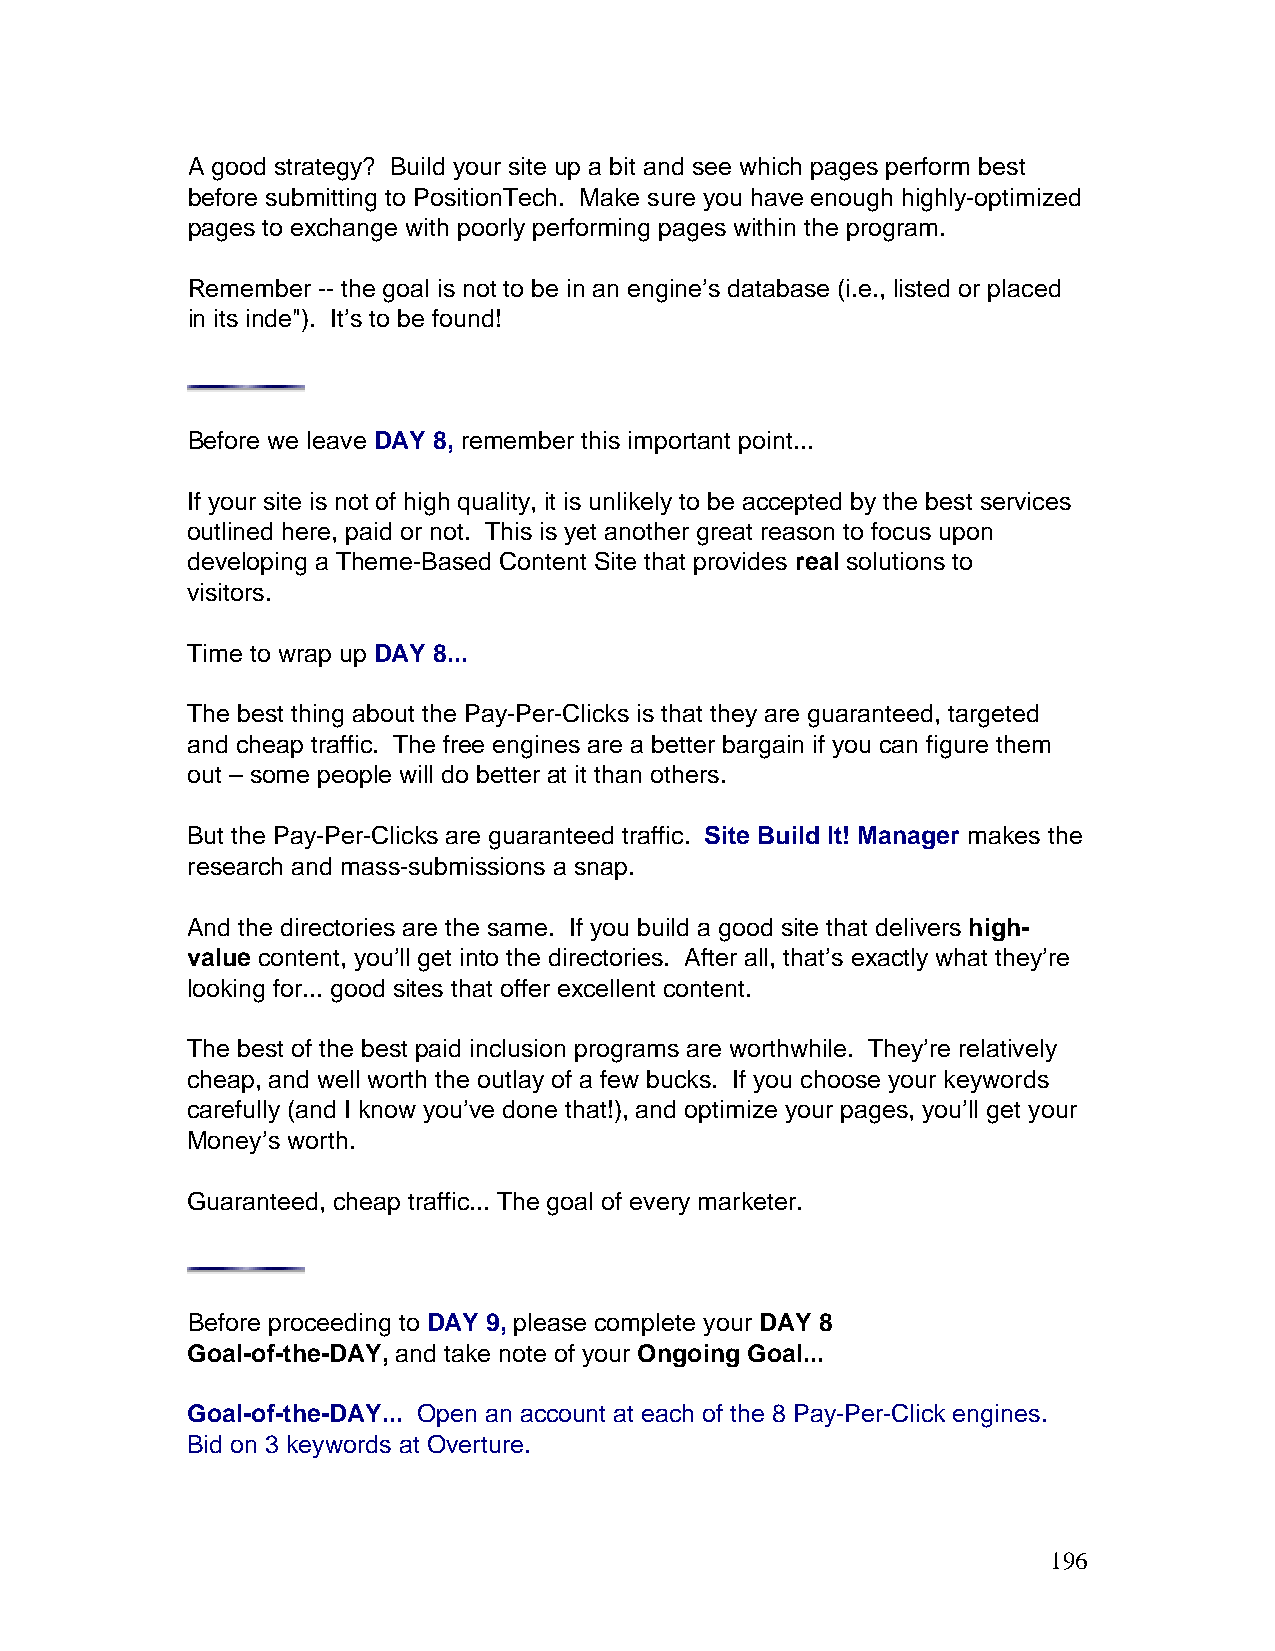
A good strategy? Build your site up a bit and see which pages perform best
 before submitting to PositionTech. Make sure you have enough highly-optimized
 pages to exchange with poorly performing pages within the program.
 Remember -- the goal is not to be in an engine’s database (i.e., listed or placed
 in its inde"). It’s to be found!
 Before we leave DAY 8, remember this important point...
 If your site is not of high quality, it is unlikely to be accepted by the best services
 outlined here, paid or not. This is yet another great reason to focus upon
 developing a Theme-Based Content Site that provides real solutions to
 visitors.
 Time to wrap up DAY 8...
 The best thing about the Pay-Per-Clicks is that they are guaranteed, targeted
 and cheap traffic. The free engines are a better bargain if you can figure them
 out – some people will do better at it than others.
 But the Pay-Per-Clicks are guaranteed traffic. Site Build It! Manager makes the
 research and mass-submissions a snap.
 And the directories are the same. If you build a good site that delivers high-
 value content, you’ll get into the directories. After all, that’s exactly what they’re
 looking for... good sites that offer excellent content.
 The best of the best paid inclusion programs are worthwhile. They’re relatively
 cheap, and well worth the outlay of a few bucks. If you choose your keywords
 carefully (and I know you’ve done that!), and optimize your pages, you’ll get your
 Money’s worth.
 Guaranteed, cheap traffic... The goal of every marketer.
 Before proceeding to DAY 9, please complete your DAY 8
 Goal-of-the-DAY, and take note of your Ongoing Goal...
 Goal-of-the-DAY... Open an account at each of the 8 Pay-Per-Click engines.
 Bid on 3 keywords at Overture.
 196